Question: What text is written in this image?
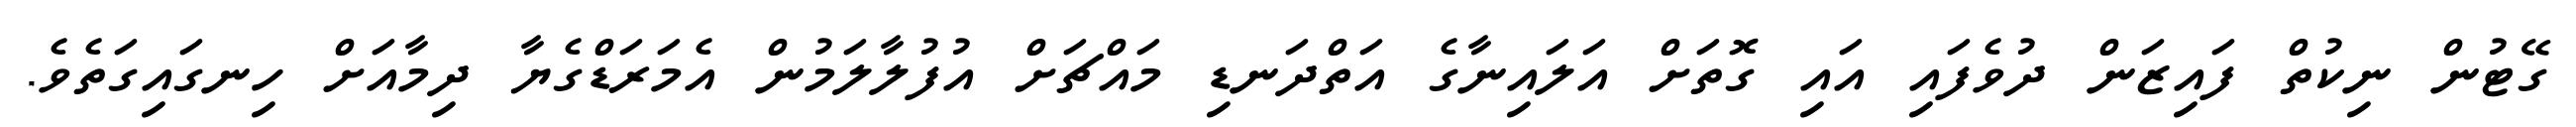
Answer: ގޭޓުން ނިކުތް ފައިޒަން ދުވެފައި އައި ގޮތަށް އަލައިނާގެ އަތްދަނޑި މައްޗަށް އުފުލާލަމުން އެމަރަޑްގެޔާ ދިމާއަށް ހިނގައިގަތެވެ.